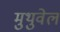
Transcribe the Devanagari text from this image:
मुथुवेल